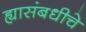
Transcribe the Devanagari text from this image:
ह्यासंबधीचे